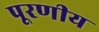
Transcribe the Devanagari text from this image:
पूरणीय